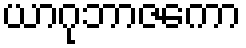
ယာဂုဘာဇကော